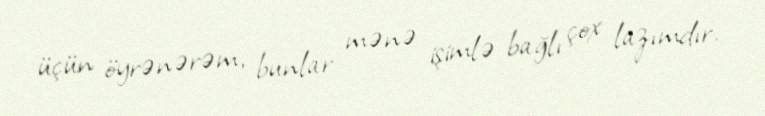
üçün öyrənərəm, bunlar mənə işimlə bağlı çox lazımdır.